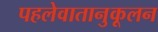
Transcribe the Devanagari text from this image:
पहलेवातानुकूलन